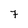
Character: 7